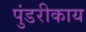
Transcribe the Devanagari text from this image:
पुंडरीकाय